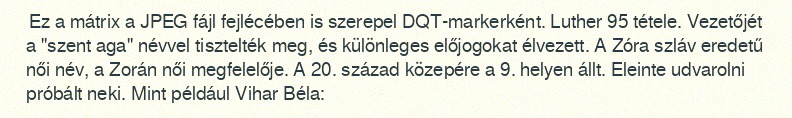
Ez a mátrix a JPEG fájl fejlécében is szerepel DQT-markerként. Luther 95 tétele. Vezetőjét a "szent aga" névvel tisztelték meg, és különleges előjogokat élvezett. A Zóra szláv eredetű női név, a Zorán női megfelelője. A 20. század közepére a 9. helyen állt. Eleinte udvarolni próbált neki. Mint például Vihar Béla: